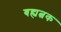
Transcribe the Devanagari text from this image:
बह्यत्वक